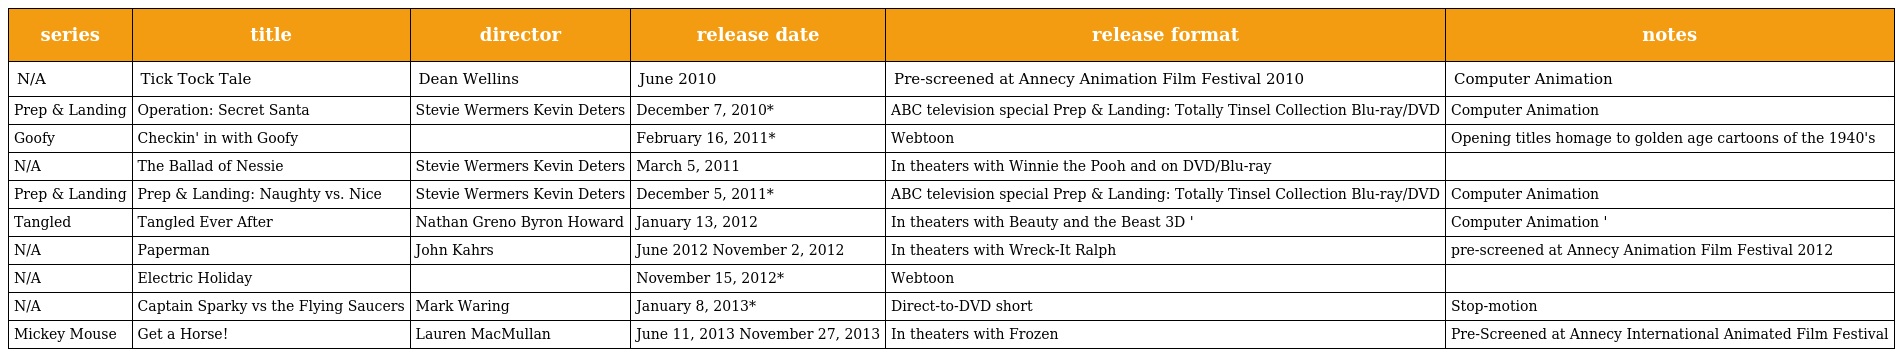
| series | title | director | release date | release format | notes |
 | --- | --- | --- | --- | --- | --- |
 | N/A | Tick Tock Tale | Dean Wellins | June 2010 | Pre-screened at Annecy Animation Film Festival 2010 | Computer Animation |
 | Prep & Landing | Operation: Secret Santa | Stevie Wermers Kevin Deters | December 7, 2010* | ABC television special Prep & Landing: Totally Tinsel Collection Blu-ray/DVD | Computer Animation |
 | Goofy | Checkin' in with Goofy |  | February 16, 2011* | Webtoon | Opening titles homage to golden age cartoons of the 1940's |
 | N/A | The Ballad of Nessie | Stevie Wermers Kevin Deters | March 5, 2011 | In theaters with Winnie the Pooh and on DVD/Blu-ray |  |
 | Prep & Landing | Prep & Landing: Naughty vs. Nice | Stevie Wermers Kevin Deters | December 5, 2011* | ABC television special Prep & Landing: Totally Tinsel Collection Blu-ray/DVD | Computer Animation |
 | Tangled | Tangled Ever After | Nathan Greno Byron Howard | January 13, 2012 | In theaters with Beauty and the Beast 3D ' | Computer Animation ' |
 | N/A | Paperman | John Kahrs | June 2012 November 2, 2012 | In theaters with Wreck-It Ralph | pre-screened at Annecy Animation Film Festival 2012 |
 | N/A | Electric Holiday |  | November 15, 2012* | Webtoon |  |
 | N/A | Captain Sparky vs the Flying Saucers | Mark Waring | January 8, 2013* | Direct-to-DVD short | Stop-motion |
 | Mickey Mouse | Get a Horse! | Lauren MacMullan | June 11, 2013 November 27, 2013 | In theaters with Frozen | Pre-Screened at Annecy International Animated Film Festival |